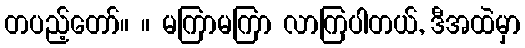
တပည့်တော်။ ။ မကြာမကြာ လာကြပါတယ်, ဒီအထဲမှာ